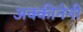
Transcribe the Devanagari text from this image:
अक्कीनेनी